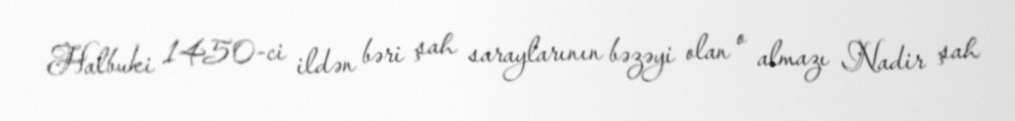
Halbuki 1450-ci ildən bəri şah saraylarının bəzəyi olan o almazı Nadir şah